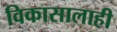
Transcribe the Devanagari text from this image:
विकासालाही